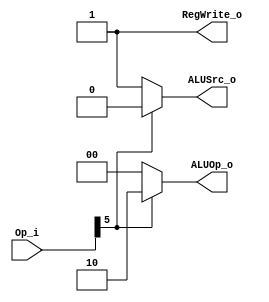
module Control (
    Op_i,
    ALUOp_o,
    ALUSrc_o,
    RegWrite_o
);


input [6:0] Op_i;
output [1:0] ALUOp_o;
output ALUSrc_o;
output RegWrite_o;

assign ALUSrc_o = (Op_i[5]==0) ? 1:0;
assign RegWrite_o = 1;
assign ALUOp_o = (Op_i[5]==0) ? 2'b00: 2'b10;

endmodule